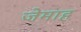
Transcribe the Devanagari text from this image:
जेमाह